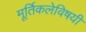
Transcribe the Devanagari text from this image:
मूर्तिकलेविषयी